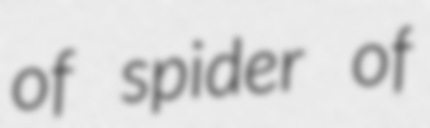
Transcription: of spider of